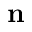
\mathbf { n }